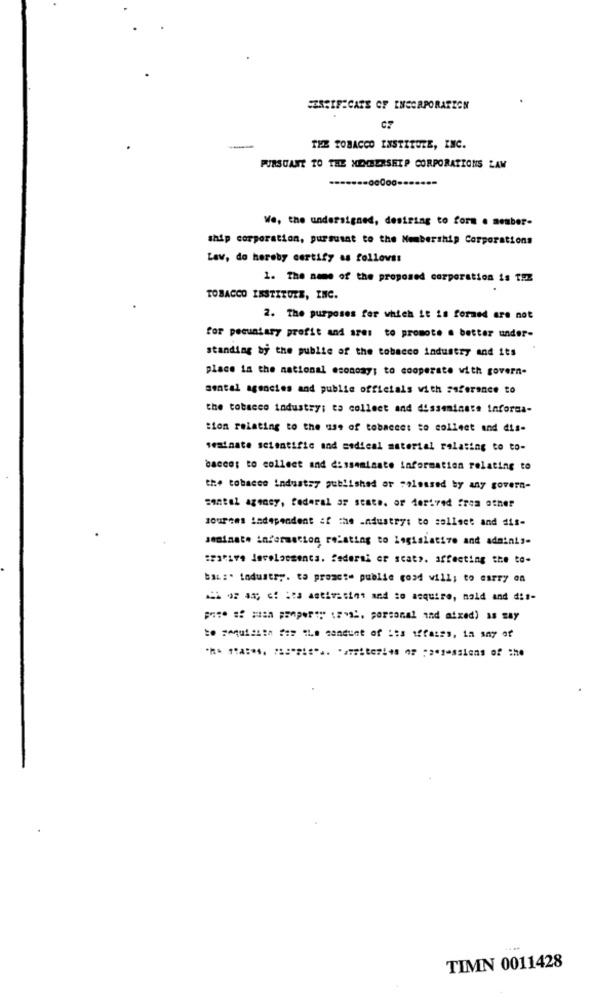
C?
THE TOBACCO INSTITUTE, INC.
PURSUANT TO THE XECBERSHIP CORPORATIONS LAW
We, the undersigned, desiring to form . menber-
ship corporation, pursusat to the Membership Corporations
Law, do hereby certify as follows:
1. The name of the proposed corporation is T !!
TOBACCO INSTITUTE, INC.
2. The purposes for which it is formed are not
for pecuniary profit and sres to promote a better under-
standing by the public of the tobacco industry and its
place in the national economy; to cooperate with govern-
sental agencies and public officials with ssferance to
the tobacco industry; ta collect and disseminate informa-
tion relating to the use of tobaceet to collect and dis-
seatnate scientific and medical material relating to to-
bacco: to collect and disseminate information relating to
the tobacco industry published or soloused by any govern-
santel agency, federal ar state. or derived frea other
sources independent of the industry: to collect and dis-
bai :. industry. ta proact" public good will; to carry on
--- - ies asivision and to acquire, mald and dis-
== = == a paper" (, personal and mixed) as say
44 89
TIMN 0011428